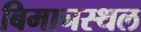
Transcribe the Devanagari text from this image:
बिमानस्थल